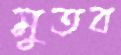
মুতব